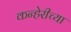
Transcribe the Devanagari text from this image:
कन्हेरीच्या